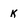
Character: k